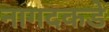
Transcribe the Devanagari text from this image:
नागदकडे